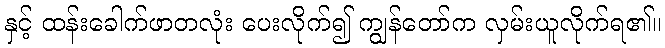
နှင့် ထန်းခေါက်ဖာတလုံး ပေးလိုက်၍ ကျွန်တော်က လှမ်းယူလိုက်ရ၏။